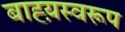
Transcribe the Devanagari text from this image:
बाह्य़स्वरूप